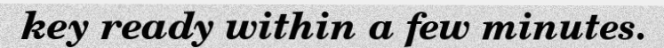
key ready within a few minutes.